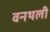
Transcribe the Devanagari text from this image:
वनथली